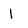
Character: 1